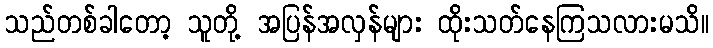
သည်တစ်ခါတော့ သူတို့ အပြန်အလှန်များ ထိုးသတ်နေကြသလားမသိ။